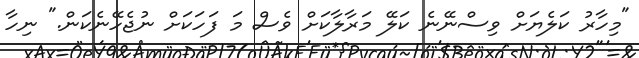
"މިހާރު ކަލެޔަށް ވިސްނޭނެ ކަލޭ މަރާލާކަށް ވެސް މަ ފަހަކަށް ނުޖެހޭނެކަން." ނިހާ